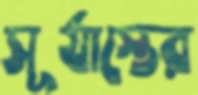
সূর্যাস্তের